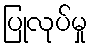
ပြုလုပ်မှု